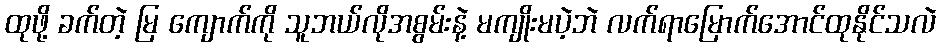
ထုဖို့ ခက်တဲ့ မြ ကျောက်ကို သူဘယ်လိုအစွမ်းနဲ့ မကျိုးမပဲ့ဘဲ လက်ရာမြောက်အောင်ထုနိုင်သလဲ